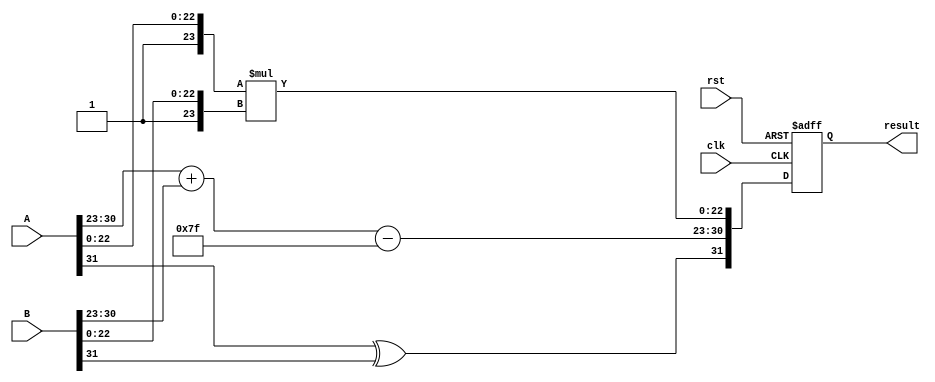
module radix4_fp_multiplier (
    input wire clk,
    input wire rst,
    input wire [31:0] A, // Single precision floating-point input A
    input wire [31:0] B, // Single precision floating-point input B
    output reg [31:0] result // Single precision floating-point output
);

    // IEEE 754 components
    wire signA = A[31];
    wire signB = B[31];
    wire [7:0] expA = A[30:23];
    wire [7:0] expB = B[30:23];
    wire [22:0] mantA = A[22:0];
    wire [22:0] mantB = B[22:0];

    // Intermediate signals
    wire [23:0] normMantA = {1'b1, mantA}; // Normalized mantissa A
    wire [23:0] normMantB = {1'b1, mantB}; // Normalized mantissa B
    wire [7:0] expResult; // Result exponent
    wire signResult; // Result sign

    // Sign calculation
    assign signResult = signA ^ signB;

    // Exponent calculation
    assign expResult = expA + expB - 8'd127; // Subtract bias

    // Radix-4 Booth encoding for mantissa multiplication
    wire [47:0] partial_product; // To hold partial products
    wire [47:0] mantProduct;

    // Generate partial products based on Radix-4 rules
    // This is a simplified version; actual implementation would require more logic
    assign mantProduct = normMantA * normMantB;

    // Result assembly
    always @(posedge clk or posedge rst) begin
        if (rst) begin
            result <= 32'b0;
        end else begin
            // Normalize the result
            // This is a simplified normalization; actual implementation would require shifting
            // and adjusting the exponent based on the mantissa.
            result <= {signResult, expResult, mantProduct[22:0]}; // Truncate mantissa to 23 bits
        end
    end

endmodule